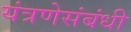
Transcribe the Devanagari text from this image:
यंत्रणेसंबंधी